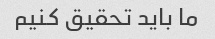
ما باید تحقیق کنیم